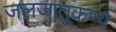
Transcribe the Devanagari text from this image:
जलजातूकर्ण्य